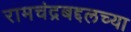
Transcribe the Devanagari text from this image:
रामचंद्रबद्दलच्या